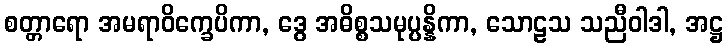
စတ္တာရော အမရာဝိက္ခေပိကာ, ဒွေ အဓိစ္စသမုပ္ပန္နိကာ, သောဠသ သညီဝါဒါ, အဋ္ဌ